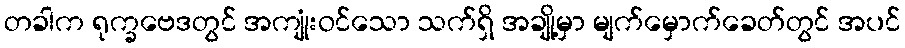
တခါက ရုက္ခဗေဒတွင် အကျုံးဝင်သော သက်ရှိ အချို့မှာ မျက်မှောက်ခေတ်တွင် အပင်